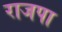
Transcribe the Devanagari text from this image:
राजपा